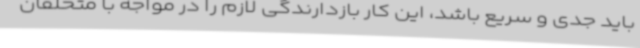
باید جدی و سریع باشد، این کار بازدارندگی لازم را در مواجه با متخلفان